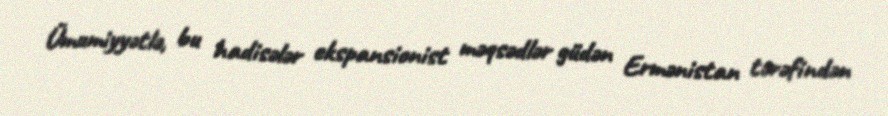
Ümumiyyətlə, bu hadisələr ekspansionist məqsədlər güdən Ermənistan tərəfindən